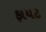
ફાયટ